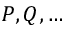
P , Q , \dots